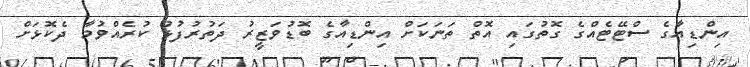
އިންޑިއާގެ ސްޓޭޓެއްގެ ގޮތުގައި އޮތް ތަނަކަށް އިންޑިއާގެ ބޮޑުވަޒީރު ދަތުރުފުޅު ކުރެއްވުމާ ދެކޮޅަށް